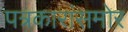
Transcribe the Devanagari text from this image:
पत्रकारांसमोर